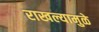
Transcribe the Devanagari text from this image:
राखल्यामुळे